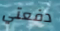
دفعتي